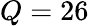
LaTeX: Q=26